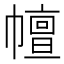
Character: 𢅒